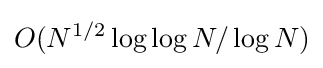
O(N^{1/2}\log \log N/\log N)